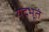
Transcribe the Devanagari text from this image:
यद्भूतं